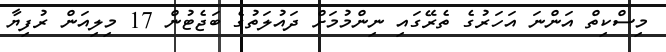
މިސްކިތް އަންނަ އަހަރުގެ ތެރޭގައި ނިންމުމަށް ދައުލަތުގެ ބަޖެޓުން 17 މިލިއަން ރުފިޔާ